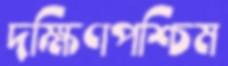
দক্ষিণপশ্চিম